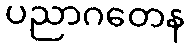
ပညာဂတေန